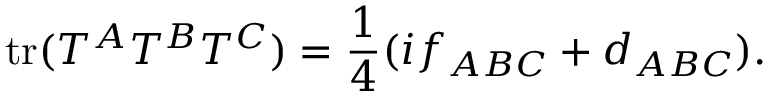
\mathrm { t r } ( T ^ { A } T ^ { B } T ^ { C } ) = { \frac { 1 } { 4 } } ( i f _ { A B C } + d _ { A B C } ) .